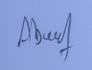
Signature authenticity: forged